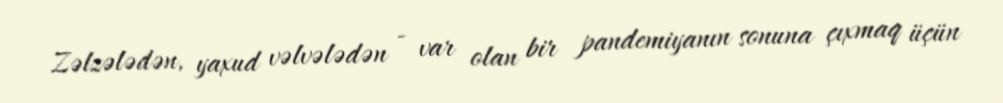
Zəlzələdən, yaxud vəlvələdən - var olan bir pandemiyanın sonuna çıxmaq üçün